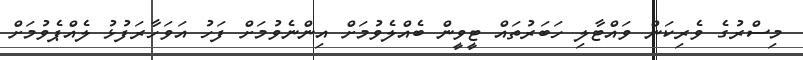
މިސްރުގެ ވެރިކަން ވައްޓާލި ހަބަރުތައް ޓީވީން ބެއްލެވުމަށް އިންނެވުމަށް ފަހު އަވަހާރަފުޅު ލެއްޕެވުމަށް